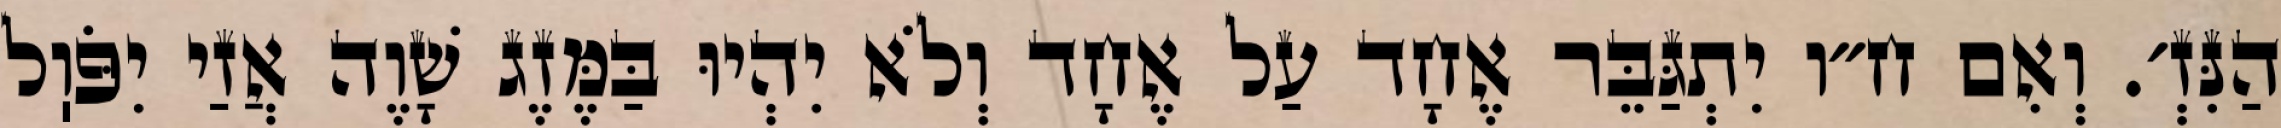
הַנִּזְ׳. וְאִם ח״ו יִתְגַּבֵּר אֶחָד עַל אֶחָד וְלֹא יִהְיוּ בַּמֶּזֶג שָׁוֶה אֲזַי יִפֹּוֽל